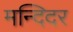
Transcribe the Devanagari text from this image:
मन्दिदर